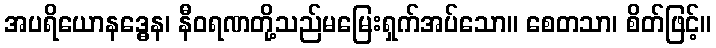
အပရိယောနဒ္ဓေန၊ နီဝရဏတို့သည်မမြေးရှက်အပ်သော။ စေတသာ၊ စိတ်ဖြင့်။